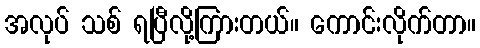
အလုပ် သစ် ရပြီလို့ကြားတယ်။ ကောင်းလိုက်တာ။